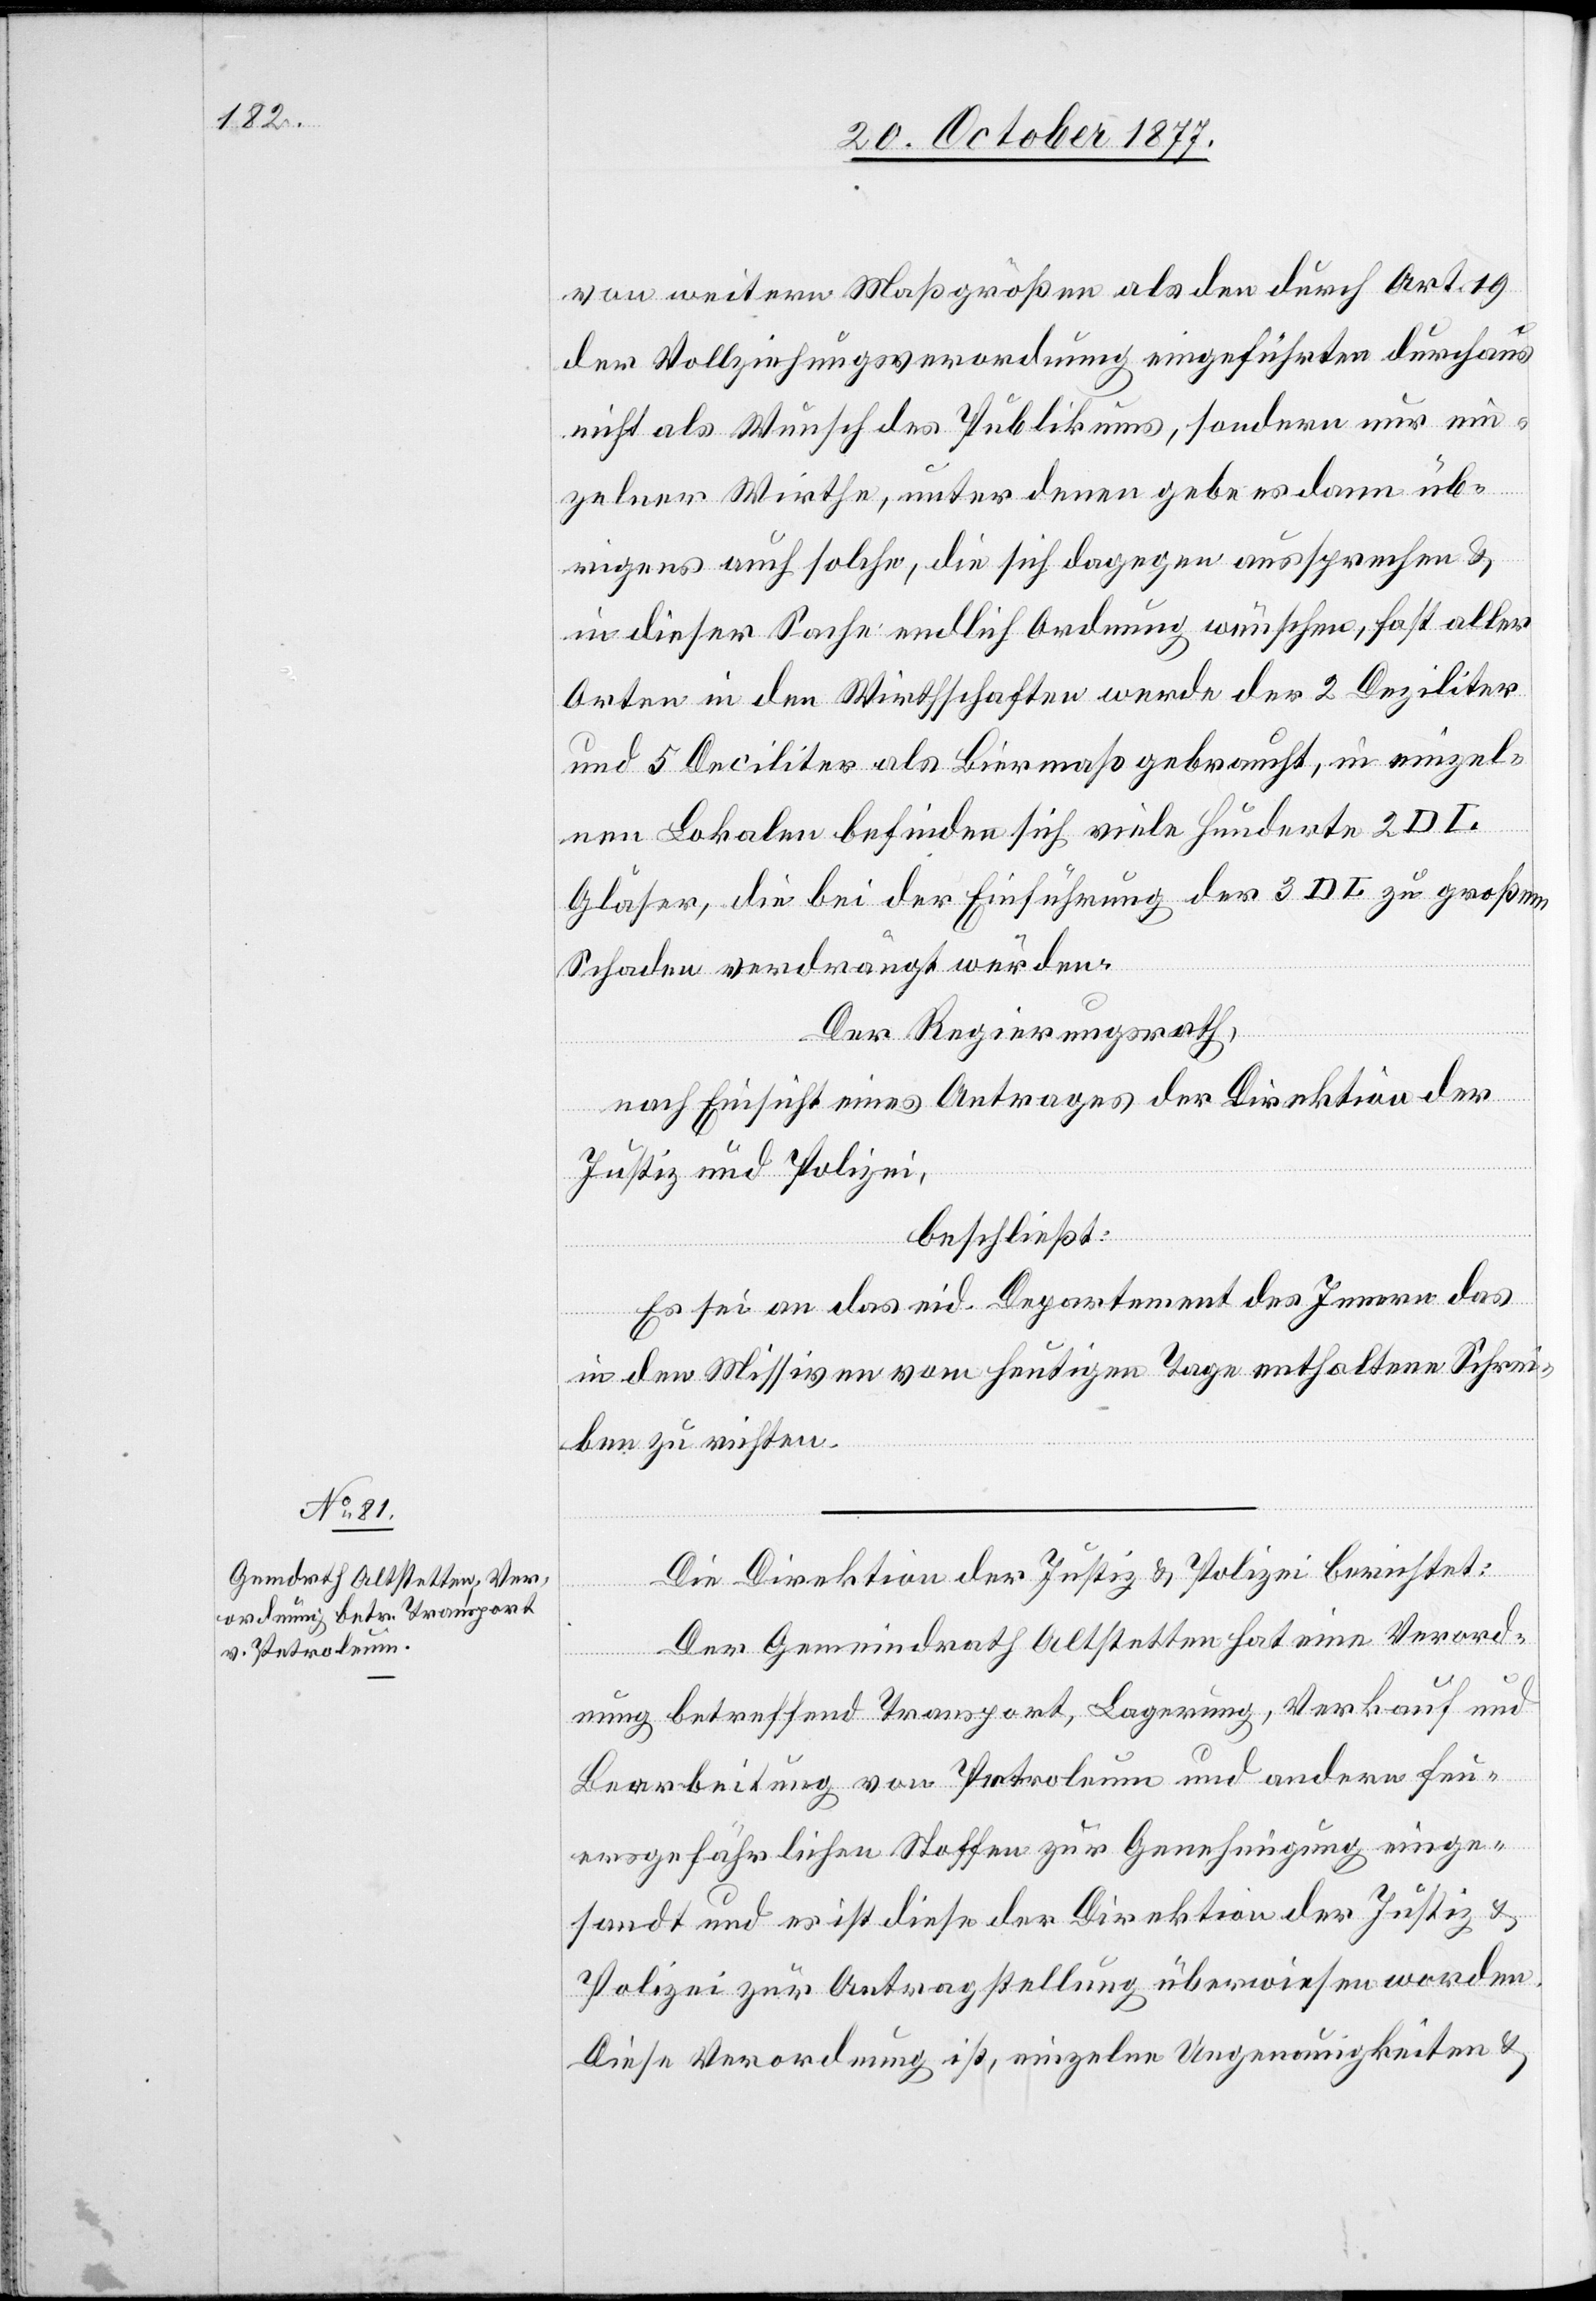
von weitern Maßgrößen als den durch Art. 19
der Vollziehungsverordnung eingeführten durchaus
nicht als Wunsch des Publikums, sondern nur ein¬
zelner Wirthe, unter denen gebe es dann üb¬
rigens auch solche, die sich dagegen aussprechen &
in dieser Sache endlich Ordnung wünschen, fast aller
Orten in den Wirthschaften werde der 2 Deziliter
und 5 Deciliter als Biermaß gebraucht, in einzel¬
nen Lokalen befinden sich viele Hunderte 2 DL
Gläser, die bei der Einführung der 3 DL zu großem
Schaden verdrängt würden.
Der Regierungsrath,
nach Einsicht eines Antrages der Direktion der
Justiz und Polizei,
beschließt:
Es sei an das eid. Departement des Innern das
in den Missiven vom heutigen Tage enthaltene Schrei¬
ben zu richten.
Die Direktion der Justiz & Polizei berichtet:
Der Gemeindrath Altstetten hat eine Verord¬
nung betreffend Transport, Lagerung, Verkauf und
Bearbeitung von Petroleum und andern feu¬
ersgefährlichen Stoffen zur Genehmigung einge¬
sandt und es ist diese der Direktion der Justiz &
Polizei zur Antragstellung überwiesen worden.
Diese Verordnung ist, einzelne Ungenauigkeiten &